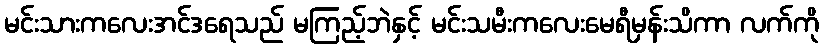
မင်းသားကလေးအင်ဒရေသည် မကြည့်ဘဲနှင့် မင်းသမီးကလေးမေရီမှန်းသိကာ လက်ကို